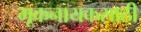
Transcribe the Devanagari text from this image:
मूकनायकसाठी